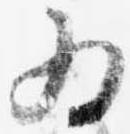
為